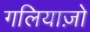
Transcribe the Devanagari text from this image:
गलियाज़ो